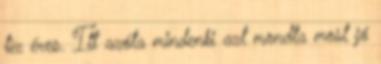
tíz éves. Itt azóta mindenki azt mondta most jó